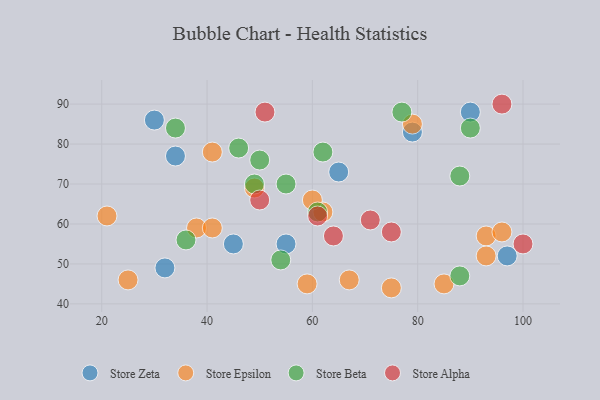
{"axis": {"x": "GDP", "y": "Life Expectancy"}, "legend": ["Store Alpha", "Store Beta", "Store Epsilon", "Store Zeta"], "data": [{"x": "45", "y": 55, "type": "Store Zeta"}, {"x": "65", "y": 73, "type": "Store Zeta"}, {"x": "55", "y": 55, "type": "Store Zeta"}, {"x": "97", "y": 52, "type": "Store Zeta"}, {"x": "32", "y": 49, "type": "Store Zeta"}, {"x": "90", "y": 88, "type": "Store Zeta"}, {"x": "79", "y": 83, "type": "Store Zeta"}, {"x": "34", "y": 77, "type": "Store Zeta"}, {"x": "30", "y": 86, "type": "Store Zeta"}, {"x": "67", "y": 46, "type": "Store Epsilon"}, {"x": "62", "y": 63, "type": "Store Epsilon"}, {"x": "25", "y": 46, "type": "Store Epsilon"}, {"x": "93", "y": 57, "type": "Store Epsilon"}, {"x": "38", "y": 59, "type": "Store Epsilon"}, {"x": "85", "y": 45, "type": "Store Epsilon"}, {"x": "49", "y": 69, "type": "Store Epsilon"}, {"x": "60", "y": 66, "type": "Store Epsilon"}, {"x": "79", "y": 85, "type": "Store Epsilon"}, {"x": "93", "y": 52, "type": "Store Epsilon"}, {"x": "96", "y": 58, "type": "Store Epsilon"}, {"x": "41", "y": 78, "type": "Store Epsilon"}, {"x": "75", "y": 44, "type": "Store Epsilon"}, {"x": "59", "y": 45, "type": "Store Epsilon"}, {"x": "41", "y": 59, "type": "Store Epsilon"}, {"x": "21", "y": 62, "type": "Store Epsilon"}, {"x": "90", "y": 84, "type": "Store Beta"}, {"x": "50", "y": 76, "type": "Store Beta"}, {"x": "55", "y": 70, "type": "Store Beta"}, {"x": "49", "y": 70, "type": "Store Beta"}, {"x": "34", "y": 84, "type": "Store Beta"}, {"x": "77", "y": 88, "type": "Store Beta"}, {"x": "88", "y": 47, "type": "Store Beta"}, {"x": "61", "y": 63, "type": "Store Beta"}, {"x": "88", "y": 72, "type": "Store Beta"}, {"x": "62", "y": 78, "type": "Store Beta"}, {"x": "46", "y": 79, "type": "Store Beta"}, {"x": "54", "y": 51, "type": "Store Beta"}, {"x": "36", "y": 56, "type": "Store Beta"}, {"x": "75", "y": 58, "type": "Store Alpha"}, {"x": "71", "y": 61, "type": "Store Alpha"}, {"x": "96", "y": 90, "type": "Store Alpha"}, {"x": "50", "y": 66, "type": "Store Alpha"}, {"x": "51", "y": 88, "type": "Store Alpha"}, {"x": "61", "y": 62, "type": "Store Alpha"}, {"x": "64", "y": 57, "type": "Store Alpha"}, {"x": "100", "y": 55, "type": "Store Alpha"}]}